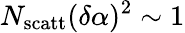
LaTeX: N_{\mathrm{scatt}}(\delta\alpha)^{2}\sim 1